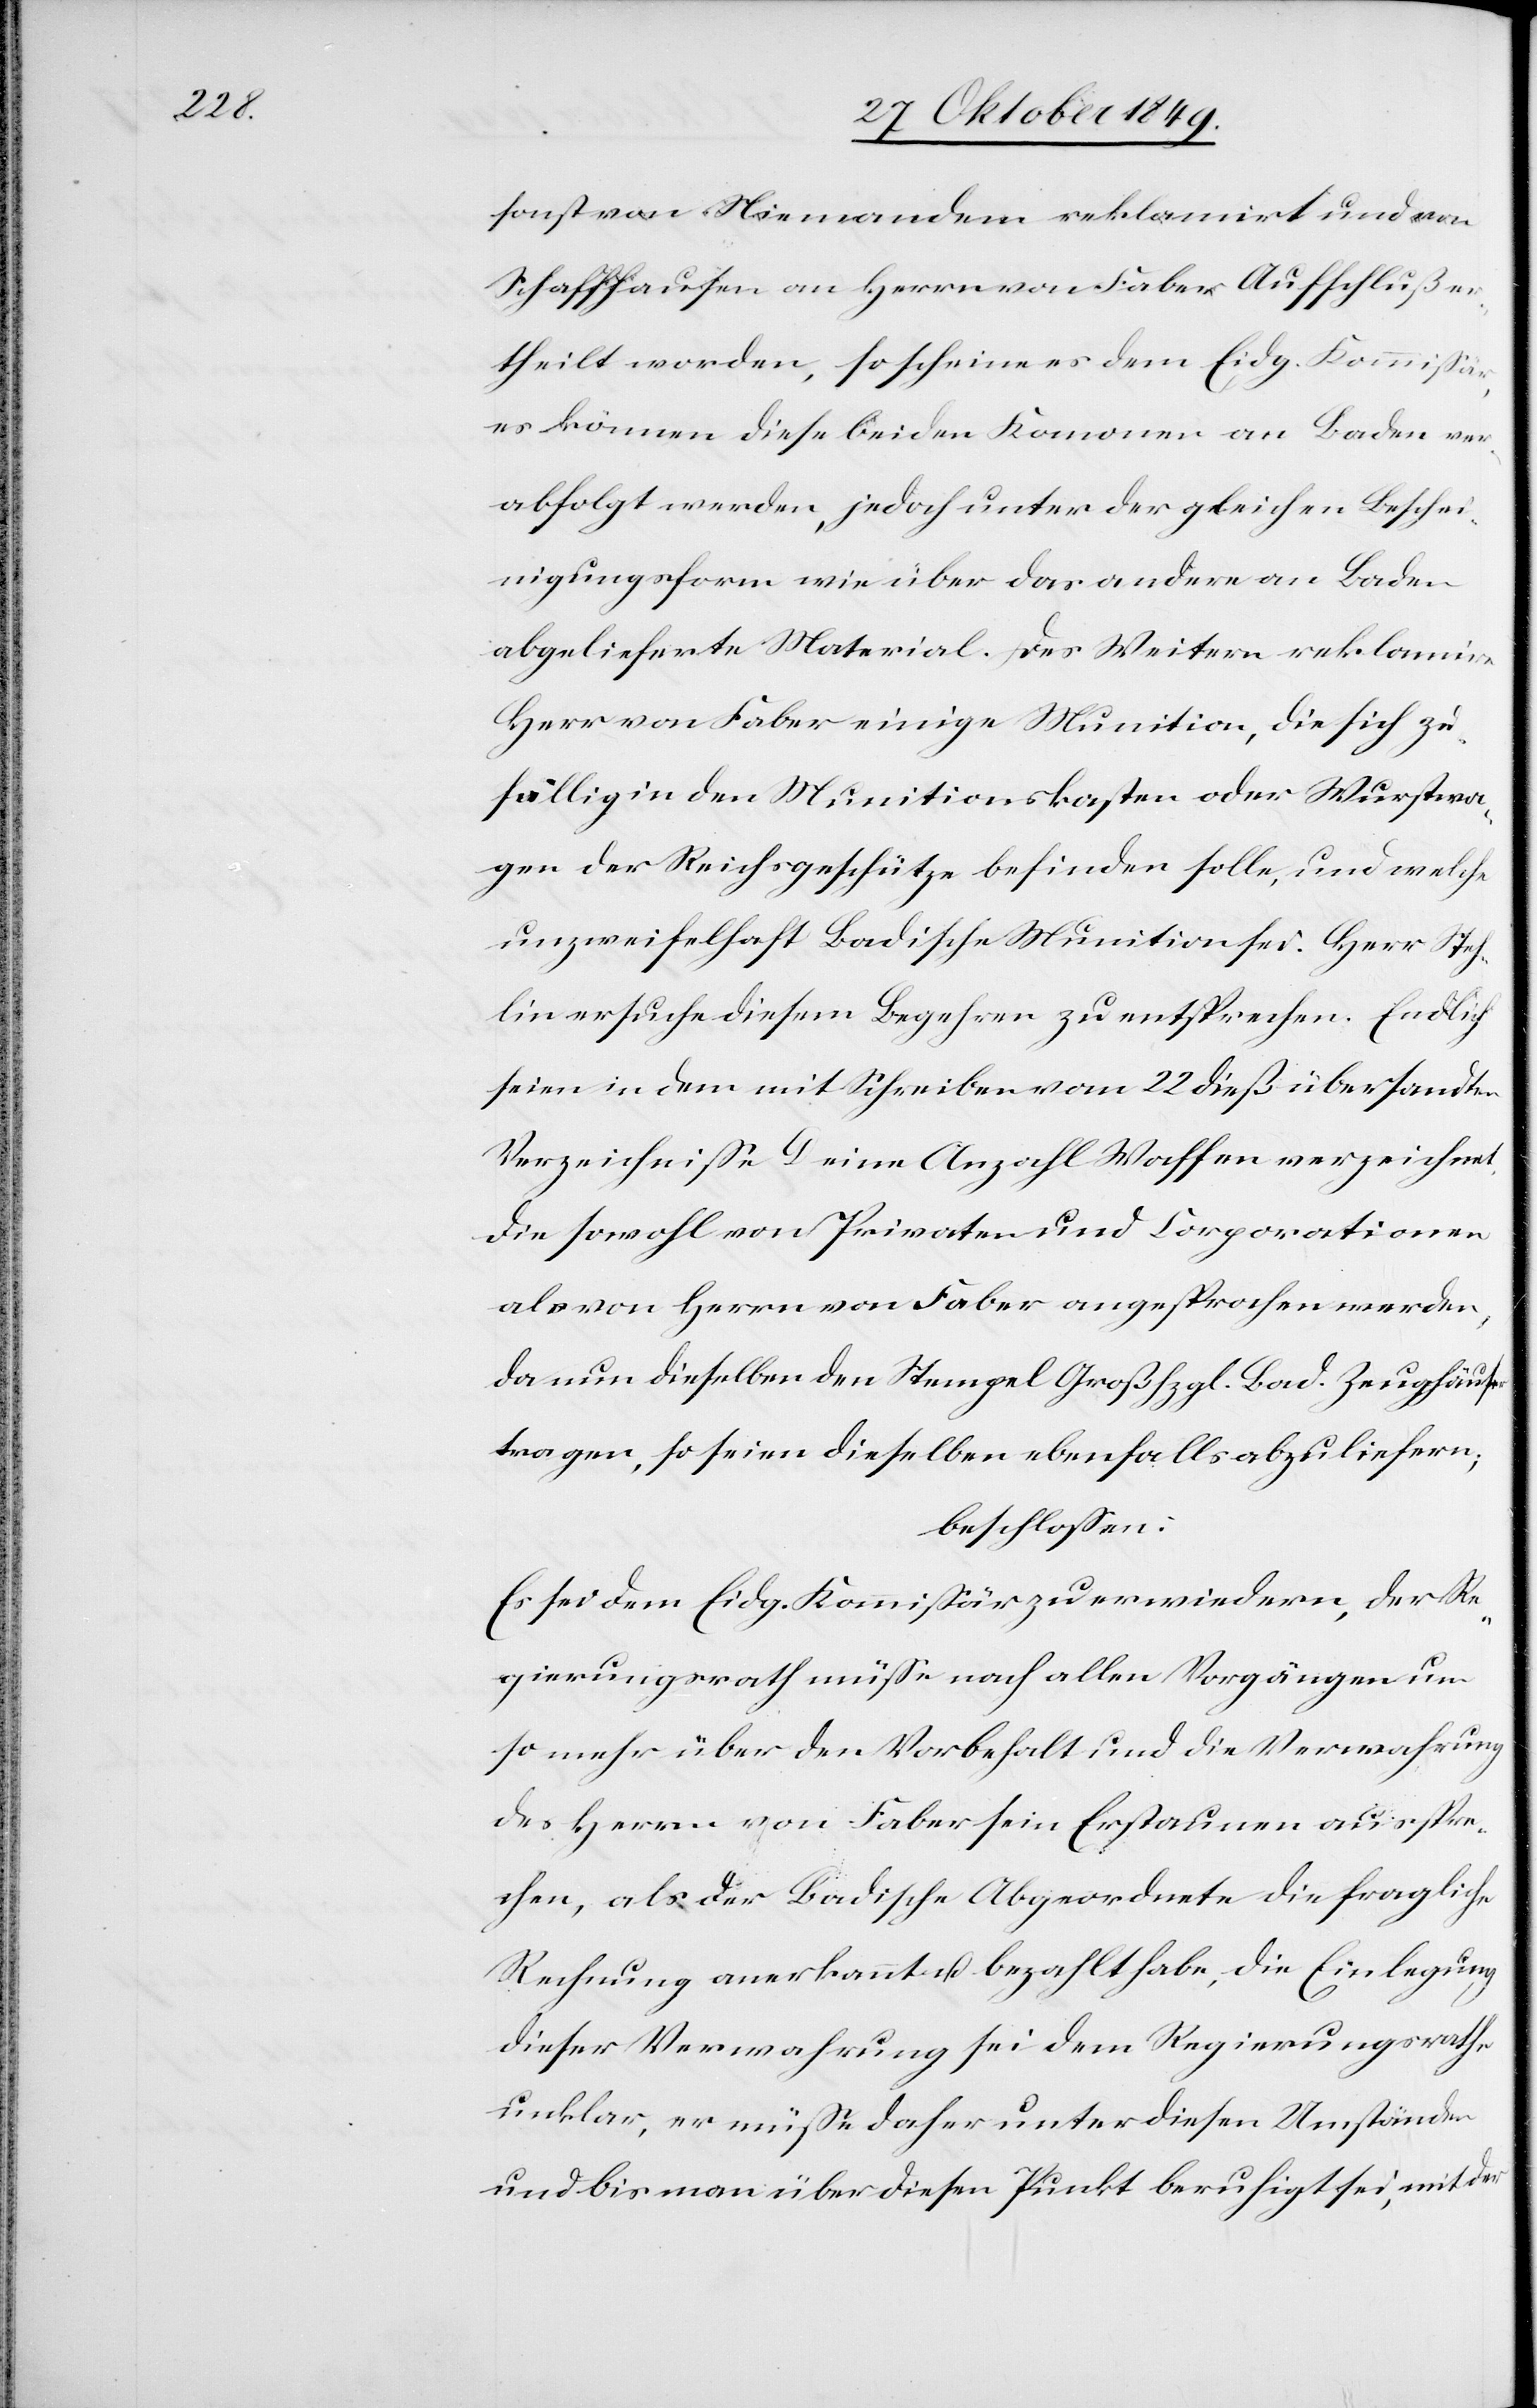
sonst von Niemandem reklamirt und von
Schaffhausen an Herrn von Faber Aufschluß e¬
rtheilt worden, so scheine es dem Eidg. Kommißär,
es können diese beiden Kanonen an Baden ver¬
abfolgt werden, jedoch unter der gleichen Beschei¬
nigungsform wie über das andere an Baden
abgelieferte Material. Des Weitern reklamire
Herr von Faber einige Munition, die sich zu¬
fällig in den Munitionskasten oder Wurstwa¬
gen der Reichgeschütze befinden solle, und welche
unzweifelhaft Badische Munition sei. Herr Steh¬
lin ersuche diesem Begehren zu entsprechen. Endlich
seien in dem mit Schreiben vom 22 dieß übersandten
Verzeichniße G eine Anzahl Waffen verzeichnet.
Die sowohl von Privaten und Corporationen
als von Herrn von Faber angesprochen werden,
da nun dieselben den Stempel Großhzgl. Bad. Zeughäuser
tragen, so seien dieselben ebenfalls abzuliefern;
beschloßen:
Es sei dem Eidg. Kommißär zu erwiedern, der Re¬
gierungsrath müße nach allen Vorgängen um
so mehr über den Vorbehalt und die Verwahrung
des Herrn von Faber sein Erstaunen ausspre¬
chen, als der Badische Abgeordnete die fragliche
Rechnung anerkannt u. bezahlt habe, die Einlegung
dieser Verwahrung sei dem Regierungsrathe
unklar, er müße daher unter diesen Umständen
und bis man über diesen Punkt beruhigt sei, mit der